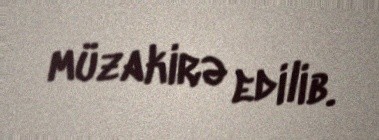
müzakirə edilib.